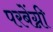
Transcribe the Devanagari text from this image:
परबेंग्नी